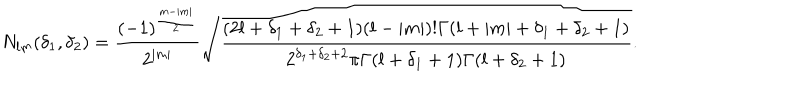
N _ { l m } ( \delta _ { 1 } , \delta _ { 2 } ) = \frac { ( - 1 ) ^ { \frac { m - | m | } { 2 } } } { 2 ^ { | m | } } \sqrt { \frac { ( 2 l + \delta _ { 1 } + \delta _ { 2 } + 1 ) ( l - | m | ) ! \Gamma ( l + | m | + \delta _ { 1 } + \delta _ { 2 } + 1 ) } { 2 ^ { \delta _ { 1 } + \delta _ { 2 } + 2 } { \pi } \Gamma ( l + \delta _ { 1 } + 1 ) \Gamma ( l + \delta _ { 2 } + 1 ) } } .